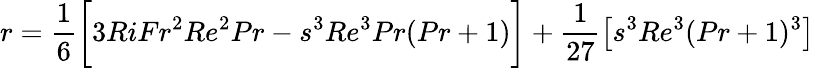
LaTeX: r=\frac{1}{6}\bigg[3RiFr^{2}Re^{2}Pr-s^{3}Re^{3}Pr(Pr+1)\bigg]+\frac{1}{27}\big[s^{3}Re^{3}(Pr+1)^{3}\big]